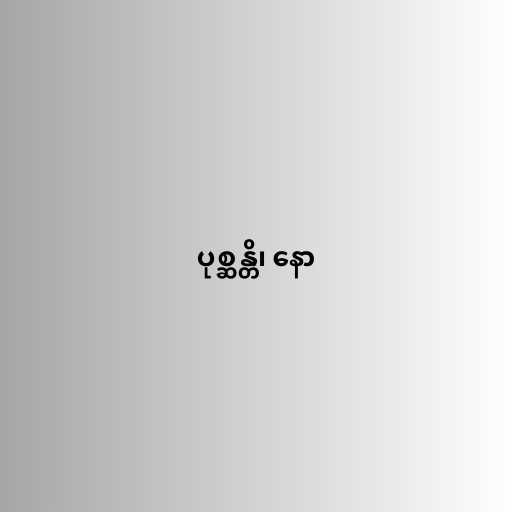
ပုစ္ဆန္တိ၊ နော